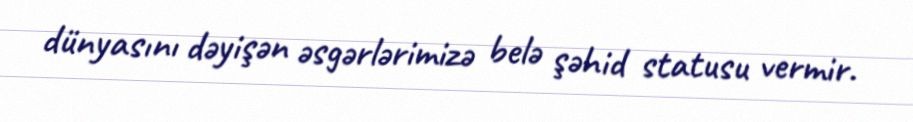
dünyasını dəyişən əsgərlərimizə belə şəhid statusu vermir.